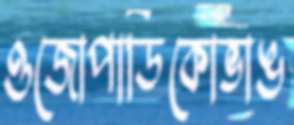
ওজোপাডিকোভাঙ